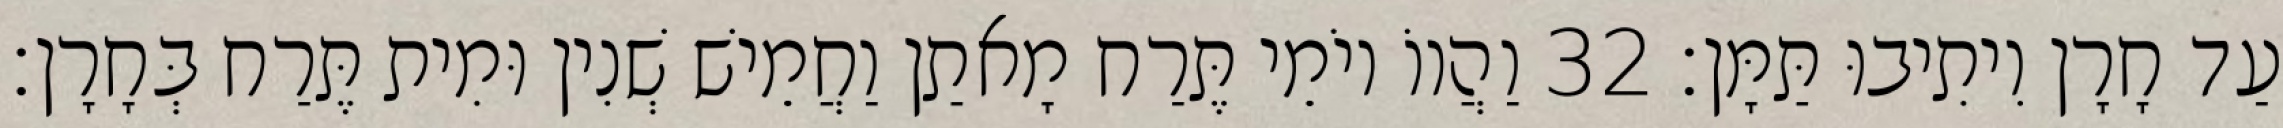
עַד חָרָן וִיתִיבוּ תַּמָּן׃ 32 וַהֲווֹ יוֹמֵי תֶּרַח מָאתַן וַחֲמֵישׁ שְׁנִין וּמִית תֶּרַח בְּחָרָן׃